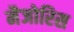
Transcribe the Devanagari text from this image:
मैजोरिस